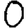
Digit: 0